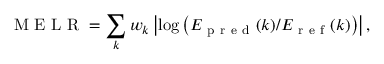
\mathrm { ~ M ~ E ~ L ~ R ~ } = \sum _ { k } w _ { k } \left| \log \left( E _ { \mathrm { ~ p ~ r ~ e ~ d ~ } } ( k ) / E _ { \mathrm { ~ r ~ e ~ f ~ } } ( k ) \right) \right| ,